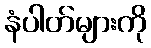
နံပါတ်များကို